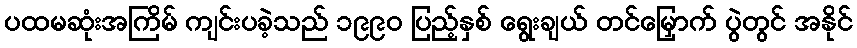
ပထမဆုံးအကြိမ် ကျင်းပခဲ့သည် ၁၉၉၀ ပြည့်နှစ် ရွေးချယ် တင်မြှောက် ပွဲတွင် အနိုင်